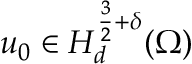
u _ { 0 } \in H _ { d } ^ { \frac { 3 } { 2 } + \delta } ( \Omega )